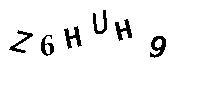
Z6HUH9